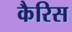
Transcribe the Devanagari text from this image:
कैरिस